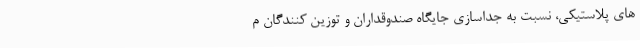
های پلاستیکی، نسبت به جداسازی جایگاه صندوقداران و توزین کنندگان م